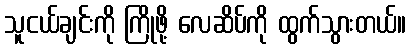
သူငယ်ချင်းကို ကြိုဖို့ လေဆိပ်ကို ထွက်သွားတယ်။